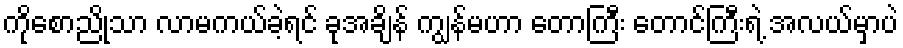
ကိုစောညိုသာ လာမကယ်ခဲ့ရင် ခုအချိန် ကျွန်မဟာ တောကြီး တောင်ကြီးရဲ့ အလယ်မှာပဲ